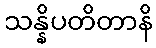
သန္နိပတိတာနိ